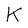
Character: k